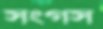
সংগস